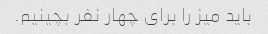
باید میز را برای چهار نفر بچینیم.